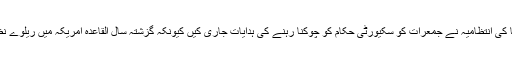
اسی مواد کے ابتدائی جائزے کے بعد صدر براک اوباما کی انتظامیہ نے جمعرات کو سکیورٹی حکام کو چوکنا رہنے کی ہدایات جاری کیں کیونکہ گزشتہ سال القاعدہ امریکہ میں ریلوے نظام کی تنصیبات پر حملے کرنے پر غور کر رہی تھی۔